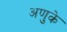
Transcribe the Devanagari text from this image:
अणुके